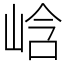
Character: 㟏